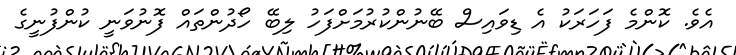
އެވެ. ކޮންމެ ފަހަރަކު އެ ޑިވައިސް ބޭނުންކުރުމަށްފަހު ލިބޭ ހޯދުންތައް ފޮނުވަނީ ކުންފުނީގެ